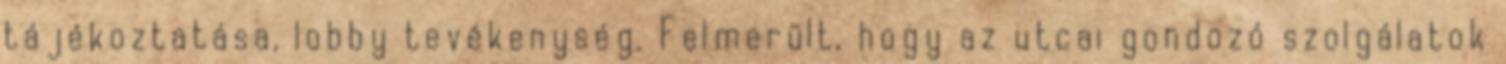
tájékoztatása, lobby tevékenység. Felmerült, hogy az utcai gondozó szolgálatok